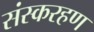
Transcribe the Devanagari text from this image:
संस्करहण